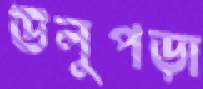
উলুপড়া